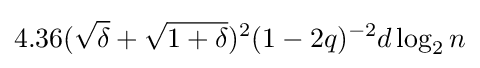
4.36({\sqrt {\delta }}+{\sqrt {1+\delta }})^{2}(1-2q)^{-2}d\log _{2}{n}